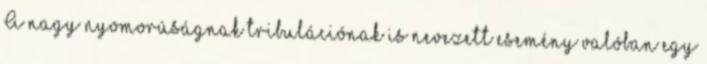
A nagy nyomorúságnak tribulációnak is nevezett esemény valóban egy